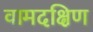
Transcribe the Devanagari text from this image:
वामदक्षिण